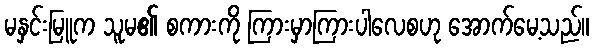
မနှင်းမြူက သူမ၏ စကားကို ကြားမှာကြားပါလေစဟု အောက်မေ့သည်။